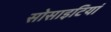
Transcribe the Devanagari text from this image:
सोसाइटियां